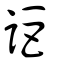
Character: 詎